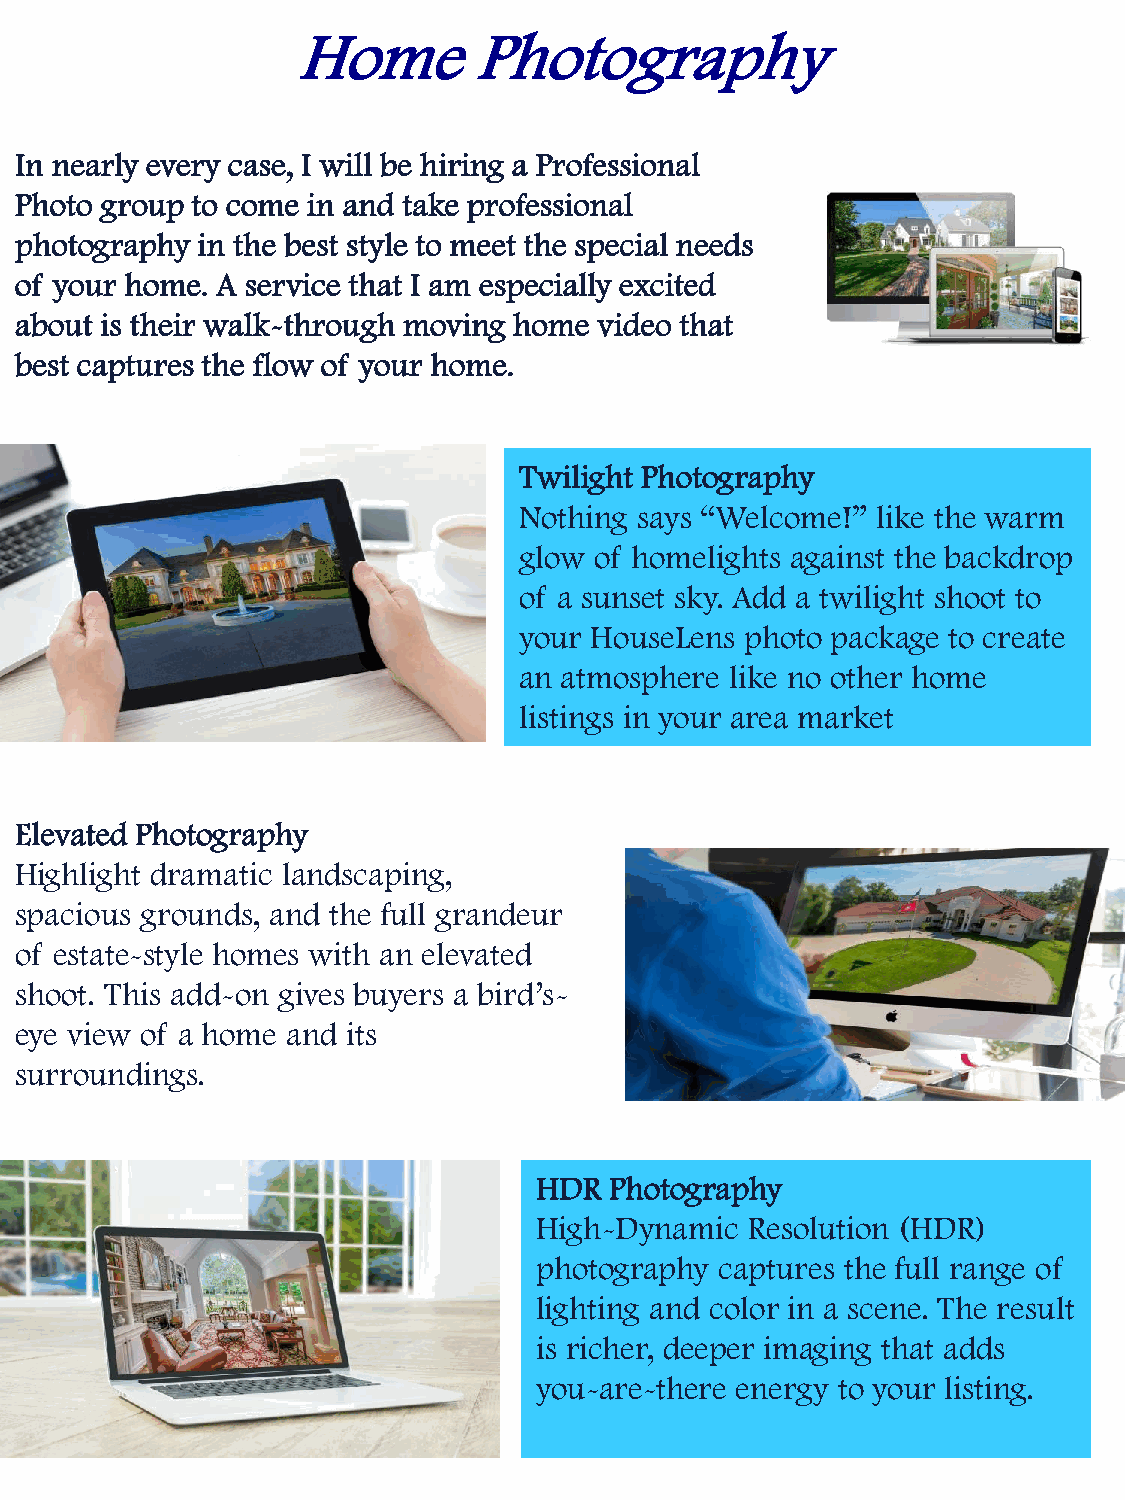
Home        Photography
 In nearly every case, I will be hiring a Professional
 Photo group to come in and take professional
 photography in the best style to meet the special needs
 of your home. A service that I am especially excited
 about is their walk-through moving home video that
 best captures the flow of your home.
 Twilight Photography
 Nothing says “Welcome!” like the warm
 glow of homelights against the backdrop
 of a sunset sky. Add a twilight shoot to
 your HouseLens photo package to create
 an atmosphere like no other home
 listings in your area market
 Elevated Photography
 Highlight dramatic landscaping,
 spacious grounds, and the full grandeur
 of estate-style homes with an elevated
 shoot. This add-on gives buyers a bird’s-
 eye view of a home and its
 surroundings.
 HDR Photography
 High-Dynamic  Resolution (HDR)
 photography captures the full range of
 lighting and color in a scene. The result
 is richer, deeper imaging that adds
 you-are-there energy to your listing.